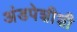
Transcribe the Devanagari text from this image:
अंडपेशीशी